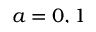
a = 0 , 1